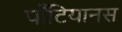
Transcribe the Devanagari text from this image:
पाँटियानस